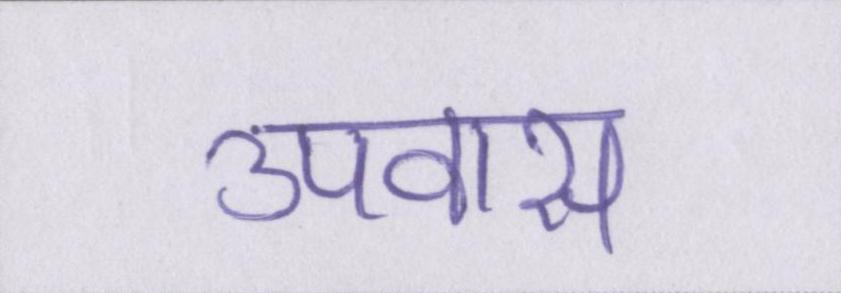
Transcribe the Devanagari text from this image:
उपवास